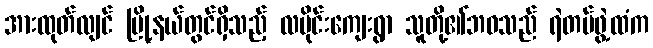
အားထုတ်လျင် မြို့နယ်တွင်ရှိသည့် လမိုင်းကျေးရွာ သူတို့၏ဘဝသည် ရဲတပ်ဖွဲ့ထံက